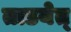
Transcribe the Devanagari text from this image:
ताडयेत्